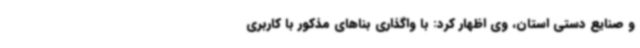
و صنایع دستی استان، وی اظهار کرد: با واگذاری بناهای مذکور با کاربری